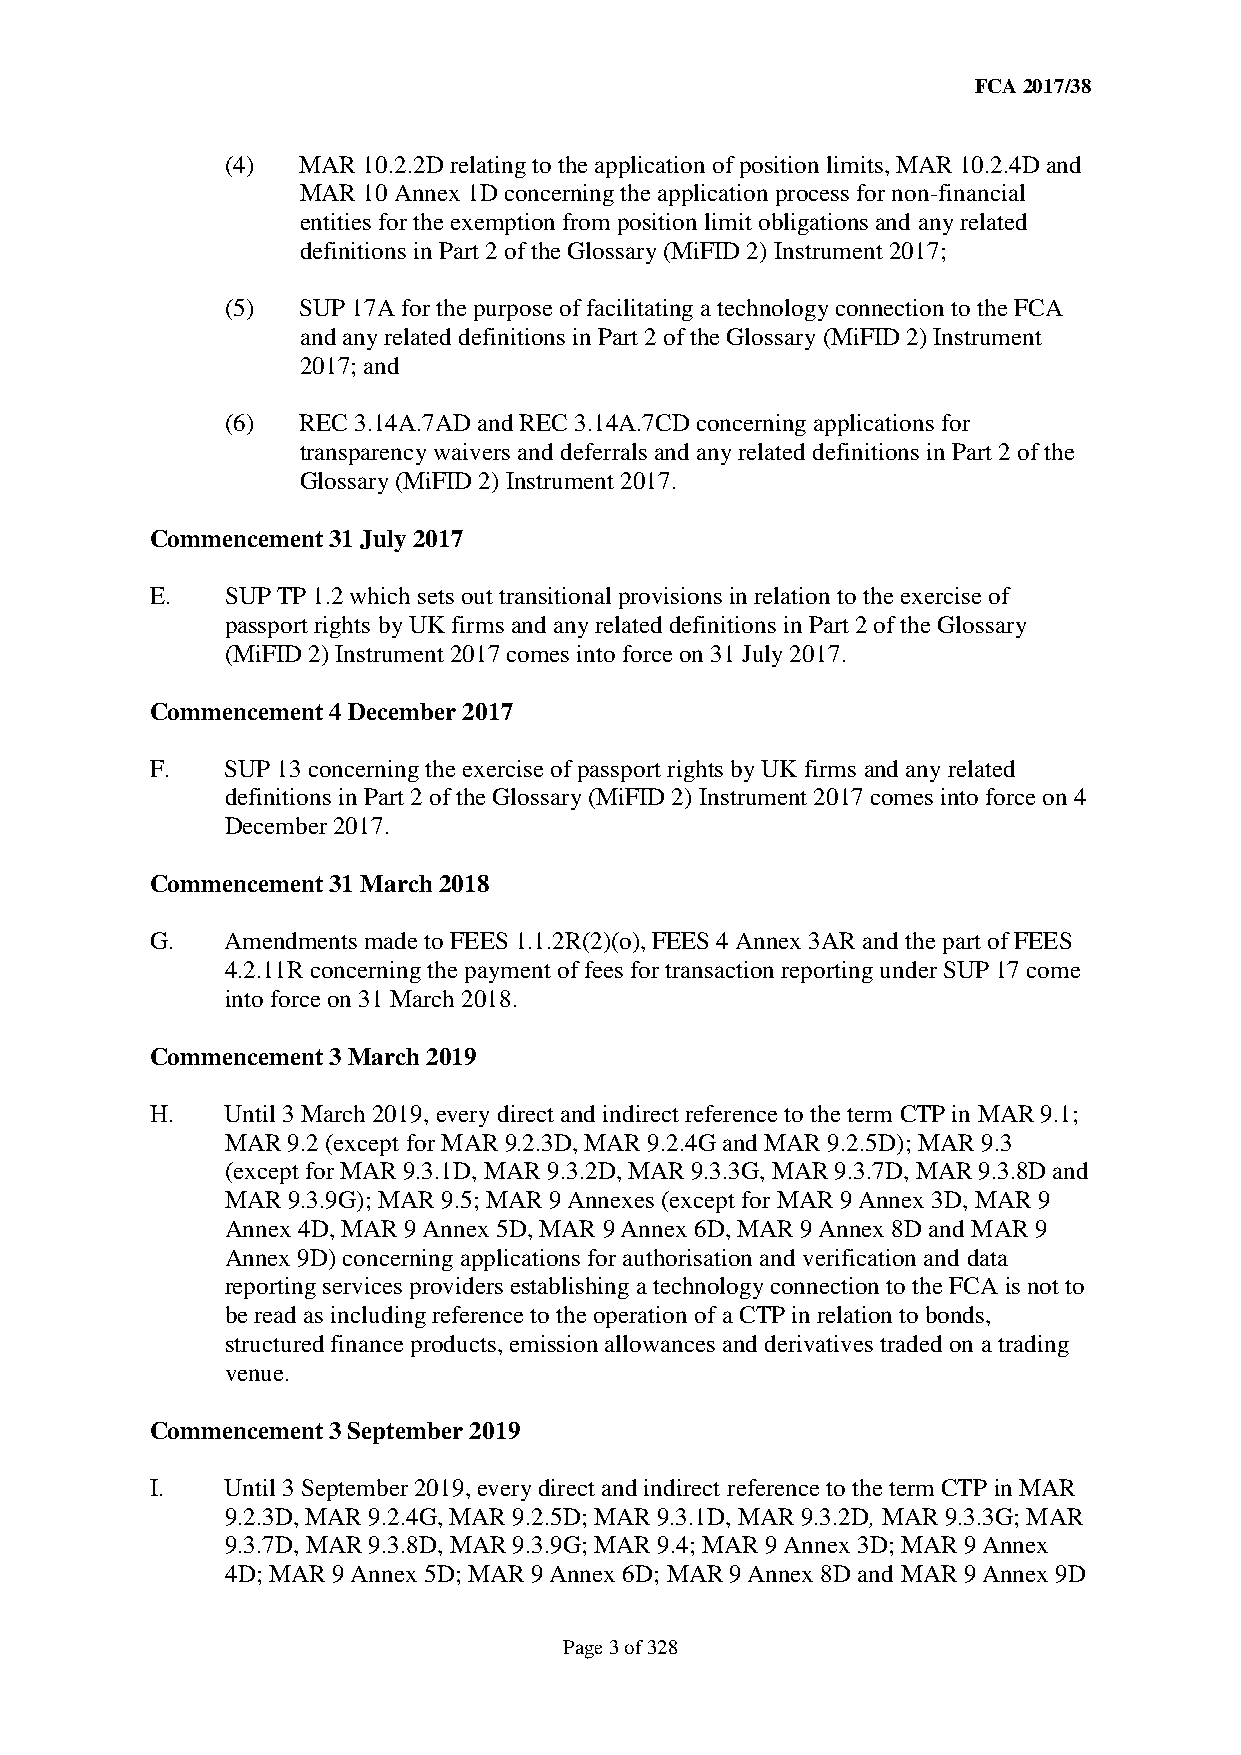
FCA 2017/38
 (4)  MAR 10.2.2D relating to the application of position limits, MAR 10.2.4D and
 MAR 10 Annex 1D concerning the application process for non-financial
 entities for the exemption from position limit obligations and any related
 definitions in Part 2 of the Glossary (MiFID 2) Instrument 2017;
 (5)  SUP 17A for the purpose of facilitating a technology connection to the FCA
 and any related definitions in Part 2 of the Glossary (MiFID 2) Instrument
 2017; and
 (6)  REC 3.14A.7AD and REC 3.14A.7CD concerning applications for
 transparency waivers and deferrals and any related definitions in Part 2 of the
 Glossary (MiFID 2) Instrument 2017.
 Commencement 31 July 2017
 E.   SUP TP 1.2 which sets out transitional provisions in relation to the exercise of
 passport rights by UK firms and any related definitions in Part 2 of the Glossary
 (MiFID 2) Instrument 2017 comes into force on 31 July 2017.
 Commencement 4 December 2017
 F.   SUP 13 concerning the exercise of passport rights by UK firms and any related
 definitions in Part 2 of the Glossary (MiFID 2) Instrument 2017 comes into force on 4
 December 2017.
 Commencement 31 March 2018
 G.   Amendments made to FEES 1.1.2R(2)(o), FEES 4 Annex 3AR and the part of FEES
 4.2.11R concerning the payment of fees for transaction reporting under SUP 17 come
 into force on 31 March 2018.
 Commencement 3 March 2019
 H.   Until 3 March 2019, every direct and indirect reference to the term CTP in MAR 9.1;
 MAR 9.2 (except for MAR 9.2.3D, MAR 9.2.4G and MAR 9.2.5D); MAR 9.3
 (except for MAR 9.3.1D, MAR 9.3.2D, MAR 9.3.3G, MAR 9.3.7D, MAR 9.3.8D and
 MAR 9.3.9G); MAR 9.5; MAR 9 Annexes (except for MAR 9 Annex 3D, MAR 9
 Annex 4D, MAR 9 Annex 5D, MAR 9 Annex 6D, MAR 9 Annex 8D and MAR 9
 Annex 9D) concerning applications for authorisation and verification and data
 reporting services providers establishing a technology connection to the FCA is not to
 be read as including reference to the operation of a CTP in relation to bonds,
 structured finance products, emission allowances and derivatives traded on a trading
 venue.
 Commencement 3 September 2019
 I.   Until 3 September 2019, every direct and indirect reference to the term CTP in MAR
 9.2.3D, MAR 9.2.4G, MAR 9.2.5D; MAR 9.3.1D, MAR 9.3.2D, MAR 9.3.3G; MAR
 9.3.7D, MAR 9.3.8D, MAR 9.3.9G; MAR 9.4; MAR 9 Annex 3D; MAR 9 Annex
 4D; MAR 9 Annex 5D; MAR 9 Annex 6D; MAR 9 Annex 8D and MAR 9 Annex 9D
 Page 3 of 328